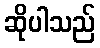
ဆိုပါသည်